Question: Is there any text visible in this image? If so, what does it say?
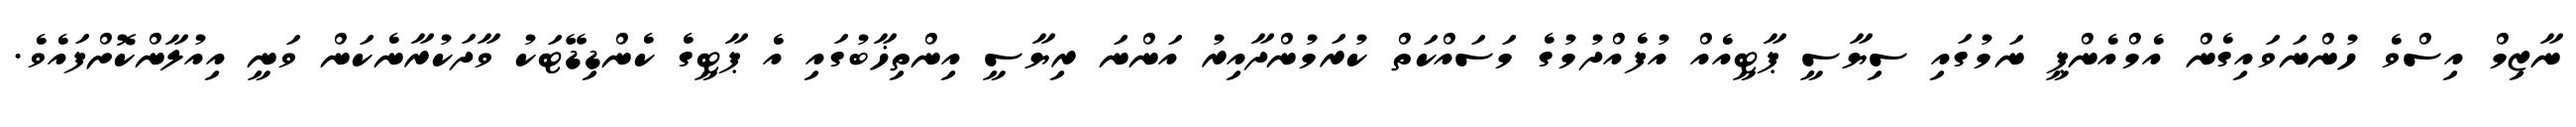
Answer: ނާޒިމް އިސްވެ ހުންނަވައިގެން އެމްއެންޕީ ނަމުގައި ސިޔާސީ ޕާޓީއެއް އުފެއްދުމުގެ މަސައްކަތް ކުރަމުންދާއިރު އަންނަ ރިޔާސީ އިންތިޚާބުގައި އެ ޕާޓީގެ ކެންޑިޑޭޓަކު ވާދަކުރާނެކަން ވަނީ އިއުލާންކޮށްފައެވެ.